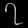
Digit: ၇